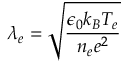
\lambda _ { e } = \sqrt { \frac { \epsilon _ { 0 } k _ { B } T _ { e } } { n _ { e } e ^ { 2 } } }